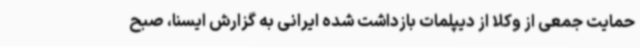
حمایت جمعی از وکلا از دیپلمات بازداشت شده ایرانی به گزارش ایسنا، صبح